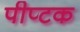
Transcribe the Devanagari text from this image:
पीप्टक